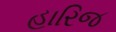
હારિજ